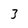
Character: 3